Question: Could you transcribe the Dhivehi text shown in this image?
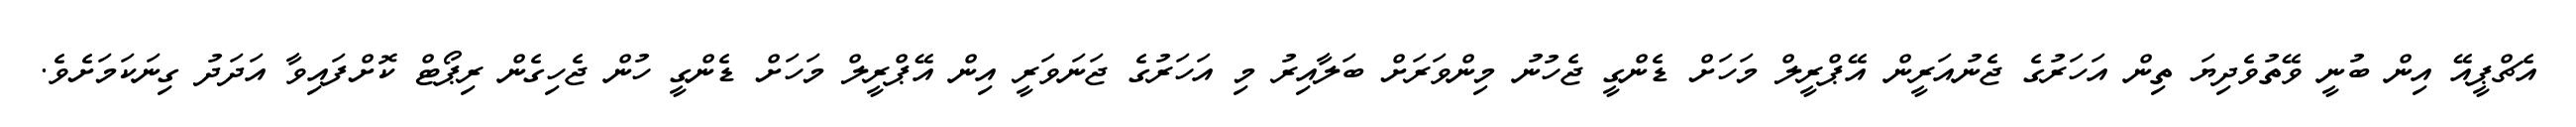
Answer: އެޗްޕީއޭ އިން ބުނީ ވޭތުވެދިޔަ ތިން އަހަރުގެ ޖެނުއަރީން އޭޕްރީލް މަހަށް ޑެންގީ ޖެހުނު މިންވަރަށް ބަލާއިރު މި އަހަރުގެ ޖަނަވަރީ އިން އޭޕްރީލް މަހަށް ޑެންގީ ހުން ޖެހިގެން ރިޕޯޓް ކޮށްފައިވާ އަދަދު ގިނަކަމަށެވެ.